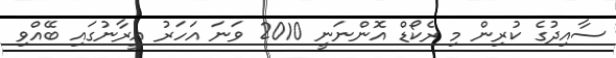
ސާއިދުގެ ކުރިން މި ރެކޯޑް އޮންނަނީ 2010 ވަނަ އަހަރު އީރާނުގައި ބޭއްވި